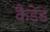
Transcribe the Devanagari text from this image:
कैडेड